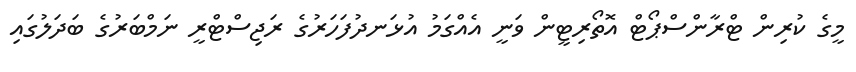
މީގެ ކުރިން ޓްރާންސްޕޯޓް އޮތޯރިޓީން ވަނީ އެއްގަމު އުޅަނދުފަހަރުގެ ރަޖިސްޓްރީ ނަމްބަރުގެ ބަދަލުގައި